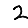
Digit: 2